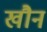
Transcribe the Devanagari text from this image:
खौन